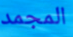
المجمد